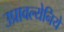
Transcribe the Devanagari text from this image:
उप्रावल्येनिये